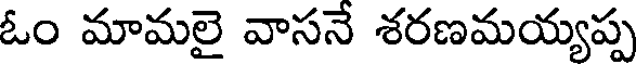
ఓం మామలై వాసనే శరణమయ్యప్ప